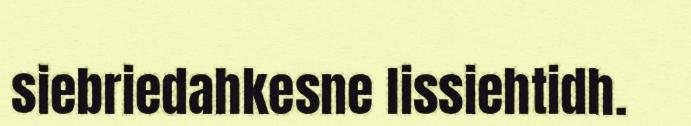
siebriedahkesne lissiehtidh.